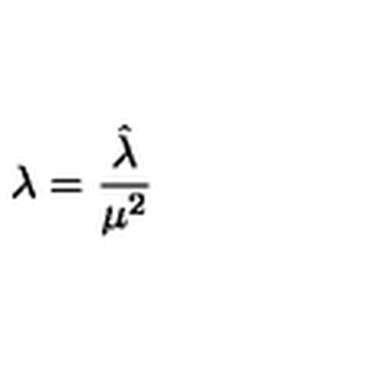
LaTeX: \lambda = { \frac { \hat { \lambda } } { \mu ^ { 2 } } }